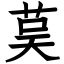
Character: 茣